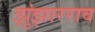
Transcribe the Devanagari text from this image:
झुंझारराव